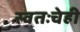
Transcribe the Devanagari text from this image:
स्वतःचेही